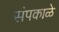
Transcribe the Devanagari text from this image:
संपकाळे